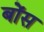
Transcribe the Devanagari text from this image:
बोंस